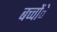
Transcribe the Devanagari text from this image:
बच्चोंे